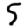
Digit: 5